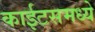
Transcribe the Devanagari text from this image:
काईटसमध्ये